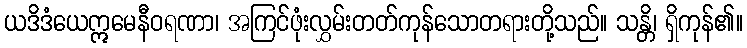
ယဒိဒံယေဣမေနီဝရဏာ၊ အကြင်ဖုံးလွှမ်းတတ်ကုန်သောတရားတို့သည်။ သန္တိ၊ ရှိကုန်၏။